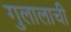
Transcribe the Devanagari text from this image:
गुलालाची